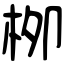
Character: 栁